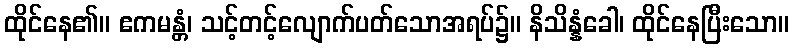
ထိုင်နေ၏။ ဧကမန္တံ၊ သင့်တင့်လျောက်ပတ်သောအရပ်၌။ နိသိန္နံခေါ၊ ထိုင်နေပြီးသော။